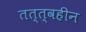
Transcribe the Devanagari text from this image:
तत्त्वहीन